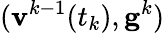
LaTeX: (\mathbf{v}^{k-1}(t_{k}),\mathbf{g}^{k})